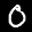
Label: 0